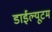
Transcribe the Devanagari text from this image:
डाईल्यूटम